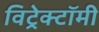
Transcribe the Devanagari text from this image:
विट्रेक्टॉमी